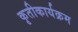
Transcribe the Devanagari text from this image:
कृतीकार्यक्रम